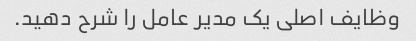
وظایف اصلی یک مدیر عامل را شرح دهید.